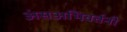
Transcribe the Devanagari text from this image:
अंसअभिवर्तनी